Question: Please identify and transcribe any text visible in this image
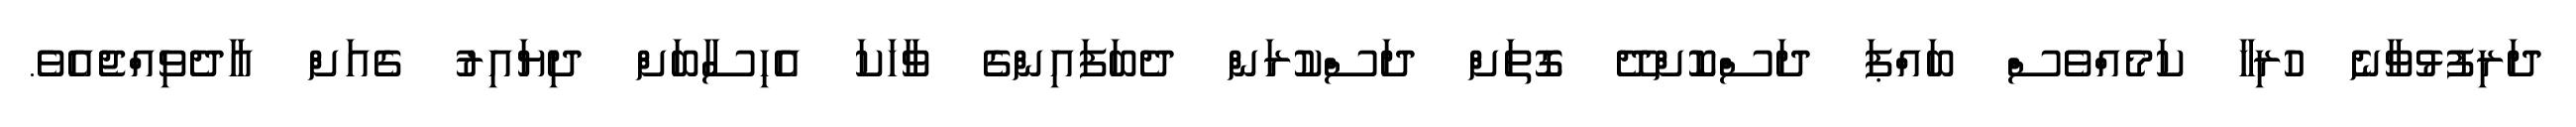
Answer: ދަރިފުޅުވާނެ ހުރިހާ ކަމެއްވެސް ބައްޕަ ދަސްކޮށްދޭ ގޮތަށް ދަސްކުރަން ދެބަފައިންގެ ވާހަކަ އެހިސާބަށް ދިޔައިރު ގެއަށް އާދެވިއްޖެއެވެ.